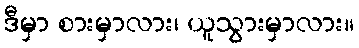
ဒီမှာ စားမှာလား၊ ယူသွားမှာလား။